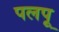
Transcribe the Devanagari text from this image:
पलपू